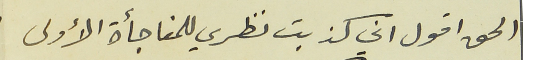
الحق اقول اني كذبت نظري للمفاجأة الأولى.